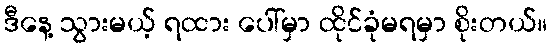
ဒီနေ့ သွားမယ့် ရထား ပေါ်မှာ ထိုင်ခုံမရမှာ စိုးတယ်။